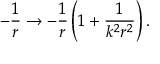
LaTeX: - \frac { 1 } { r } \rightarrow - \frac { 1 } { r } \left( 1 + \frac { 1 } { k ^ { 2 } r ^ { 2 } } \right) .